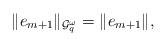
LaTeX: \begin{align*}\|e_{m+1}\|_{\mathcal G_q^{\omega}}=\|e_{m+1}\|, \end{align*}